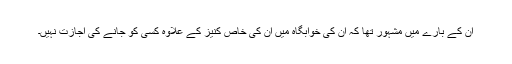
ان کے بارے میں مشہور تھا کہ ان کی خوابگاہ میں ان کی خاص کنیز کے علاوہ کسی کو جانے کی اجازت نہیں۔